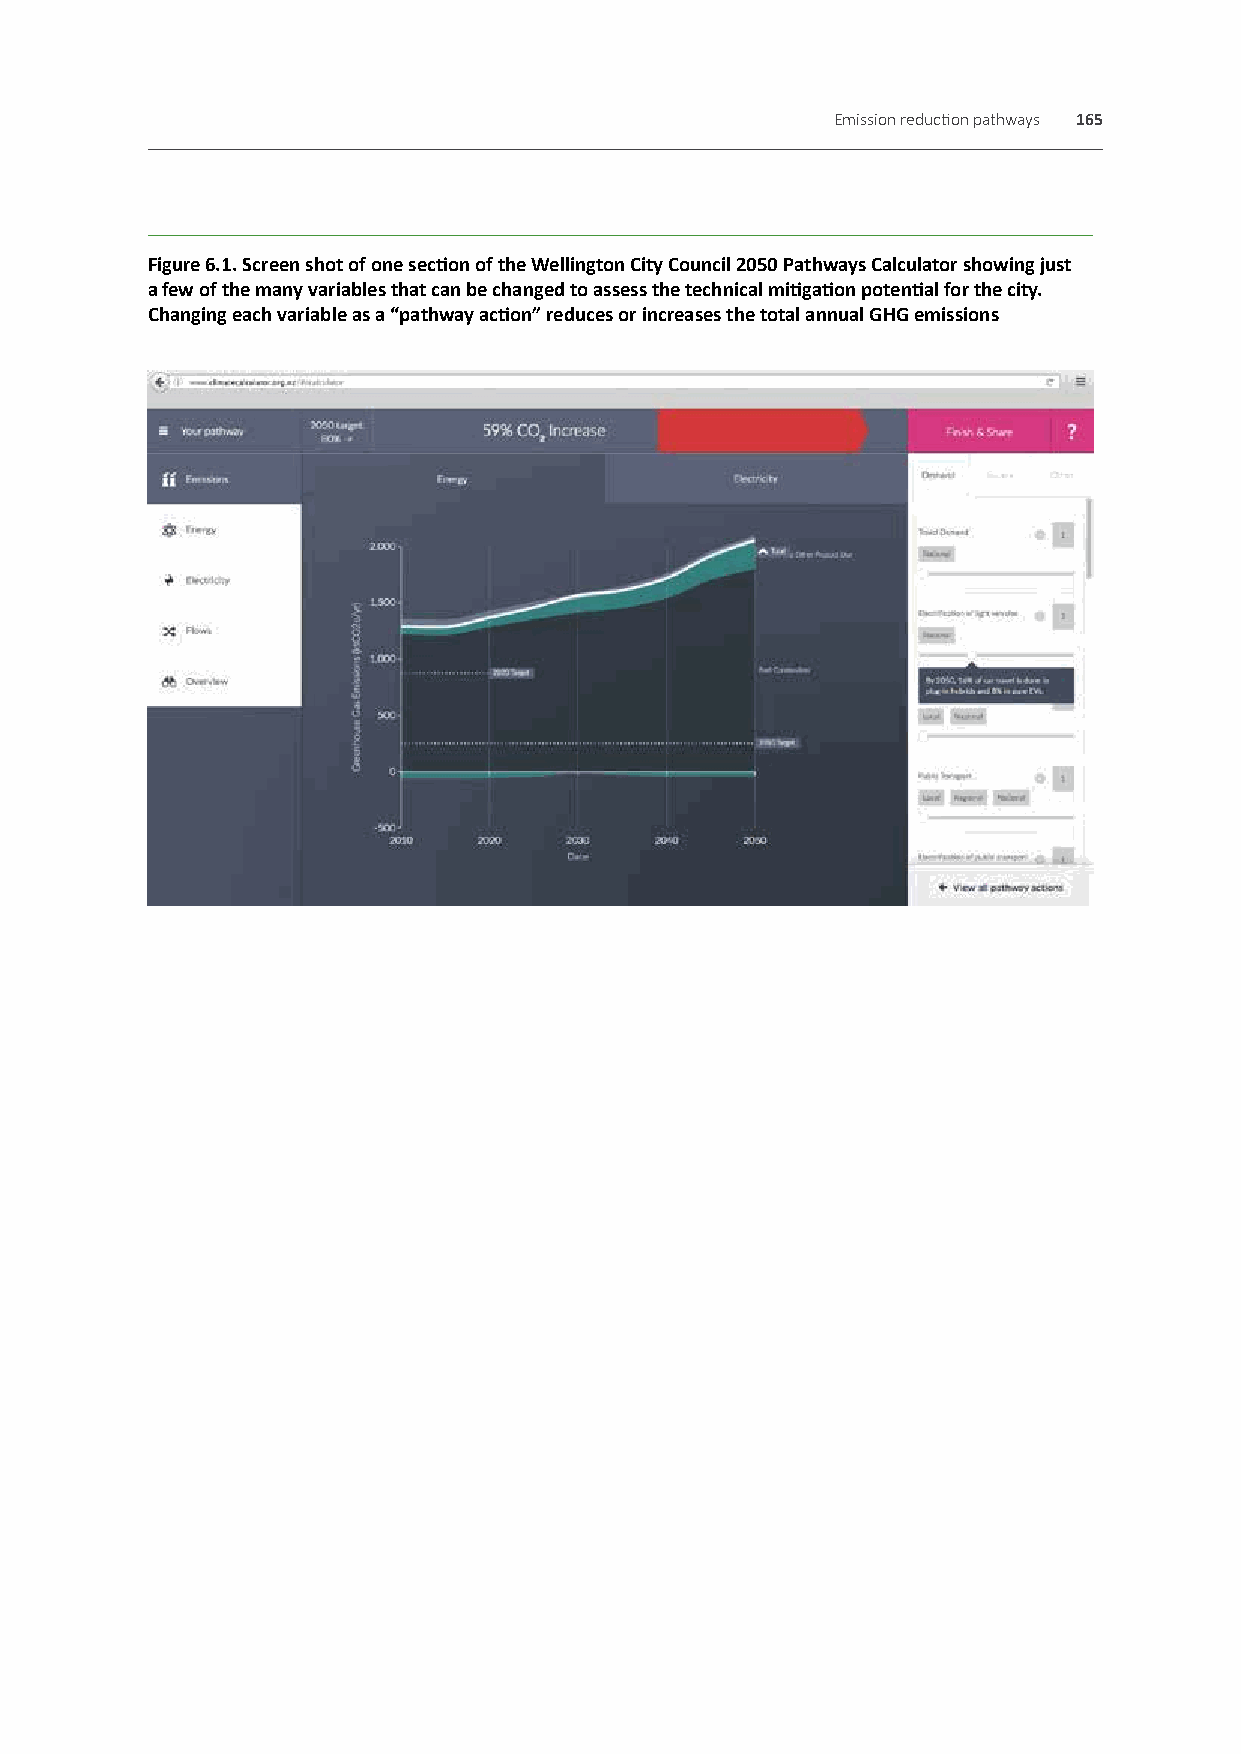
Emission reduction pathways 165
 Figure 6.1. Screen shot of one section of the Wellington City Council 2050 Pathways Calculator showing just
 a few of the many variables that can be changed to assess the technical mitigation potential for the city.
 Changing each variable as a “pathway action” reduces or increases the total annual GHG emissions